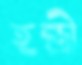
হন্ত্রী